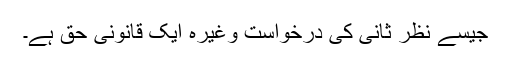
جیسے نظر ثانی کی درخواست وغیرہ ایک قانونی حق ہے۔